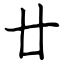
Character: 廿